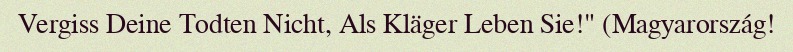
Vergiss Deine Todten Nicht, Als Kläger Leben Sie!" (Magyarország!